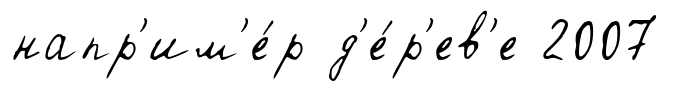
напр'им'е́р д'е́р'ев'е 2007